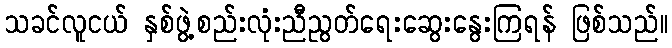
သခင်လူငယ် နှစ်ဖွဲ့စည်းလုံးညီညွတ်ရေးဆွေးနွေးကြရန် ဖြစ်သည်။